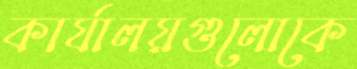
কার্যালয়গুলোকে